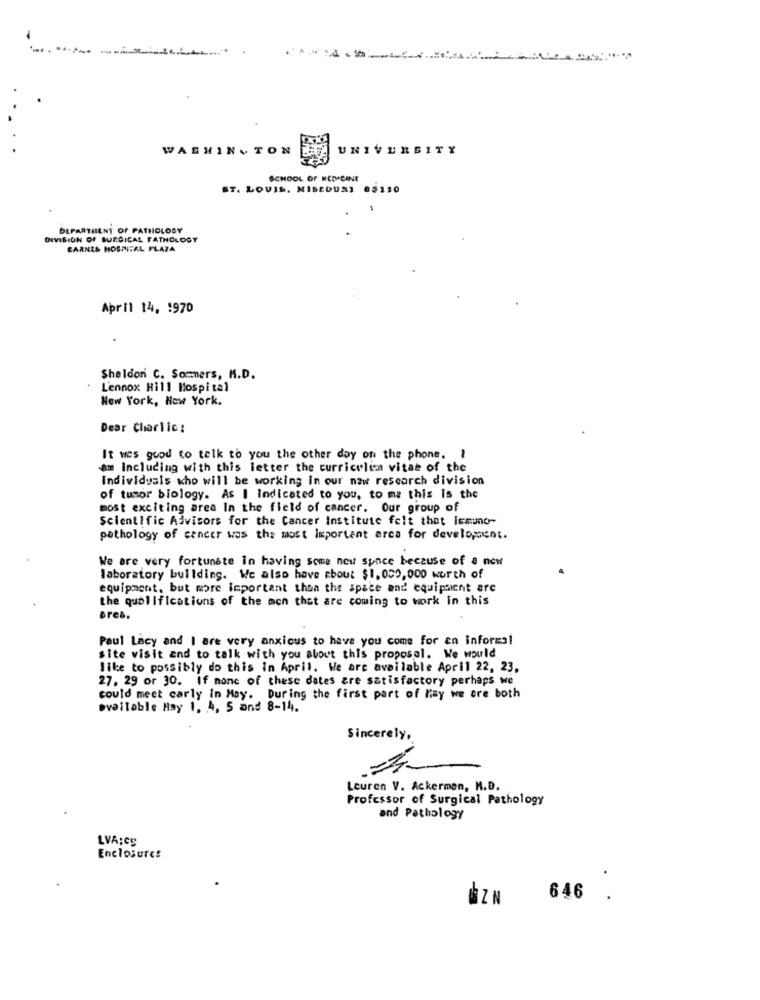
WASHINGTON
UNIVERSITY
SCHOOL OF MEDICINE
ST. LOUIS. MISEDURI 63110
DEPARTMENT OF PATHOLOGY
DIVISION OF SURGICAL PATHOLOGY
CARNES HOSPITAL PLAZA
April 14, 1970
Sheldon C. Sommers, M.D.
Lennox Hill Hospital
New York, New York.
Dear Charlic:
It was good to talk to you the other day of the phone. 1
am Including with this letter the curriculum vitae of the
Individuals who will be working in our naw rescarch division
of tumor biology. As I Indicated to you, to me this is the
most exciting area In the field of cancer. Our group of
Scientific Advisors for the Cancer Institute felt that immuno-
pathology of cancer was the most important arca for development.
We are very fortunate in having some new space because of a now
laboratory building. We also have about $1, 050,000 worth of
equipment, but more important than the space and equipment are
the qualifications of the mon that are coming to work in this
eres.
Paul Lacy and I are very anxious to have you come for an informal
site visit and to talk with you about this proposal. We would
like to possibly do this in April. We are available April 22, 23,
27. 29 or 30. If none of these dates are satisfactory perhaps we
could meet carly in May. During the first part of May we are both
Available May 1, 4, 5 and 8-14.
Sincerely,
Leuren V. Ackerman, M.D.
Professor of Surgical Pathology
and Pathology
LVA:eg
Enclosures
.
BZN
646 .